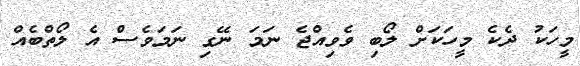
މީހަކު ދެކެ މީހަކަށް ލޯބި ވެވިއްޖެ ނަމަ ނޭގި ނަމަވެސް އެ ލޯތްބެއް